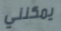
يمكنني